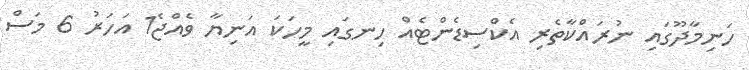
ހަނިމާދޫގައި ނުރައްކާތެރި އެކްސިޑެންޓެއް ހިނގައި މީހަކަ އަނިޔާ ވެއްޖެ1 އަހަރު 6 މަސް